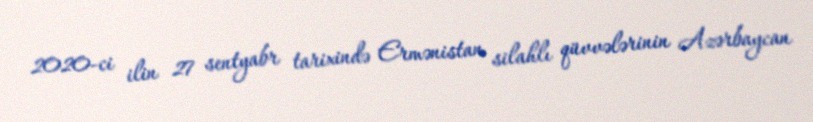
2020-ci ilin 27 sentyabr tarixində Ermənistan silahlı qüvvələrinin Azərbaycan